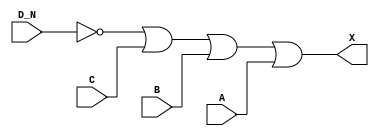
module sky130_fd_sc_hd__or4b_6 (
    X  ,
    A  ,
    B  ,
    C  ,
    D_N
);
    output X  ;
    input  A  ;
    input  B  ;
    input  C  ;
    input  D_N;
    wire not0_out ;
    wire or0_out_X;
    not not0 (not0_out , D_N              );
    or  or0  (or0_out_X, not0_out, C, B, A);
    buf buf0 (X        , or0_out_X        );
endmodule